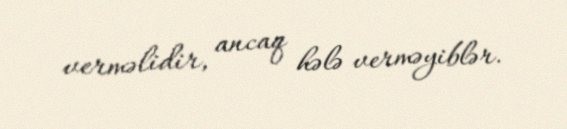
verməlidir, ancaq hələ verməyiblər.